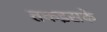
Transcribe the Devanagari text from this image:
तकइसके